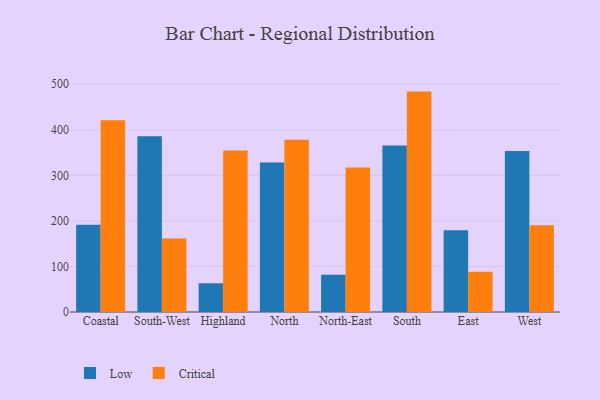
{"axis": {"x": "Region", "y": "Backlog"}, "legend": ["Critical", "Low"], "data": [{"x": "Coastal", "y": 191.6, "type": "Low"}, {"x": "Coastal", "y": 421.2, "type": "Critical"}, {"x": "South-West", "y": 385.6, "type": "Low"}, {"x": "South-West", "y": 161.2, "type": "Critical"}, {"x": "Highland", "y": 63.1, "type": "Low"}, {"x": "Highland", "y": 354.6, "type": "Critical"}, {"x": "North", "y": 328.4, "type": "Low"}, {"x": "North", "y": 378.4, "type": "Critical"}, {"x": "North-East", "y": 81.6, "type": "Low"}, {"x": "North-East", "y": 317.4, "type": "Critical"}, {"x": "South", "y": 365.7, "type": "Low"}, {"x": "South", "y": 483.9, "type": "Critical"}, {"x": "East", "y": 179.6, "type": "Low"}, {"x": "East", "y": 88.6, "type": "Critical"}, {"x": "West", "y": 353.3, "type": "Low"}, {"x": "West", "y": 190.7, "type": "Critical"}]}